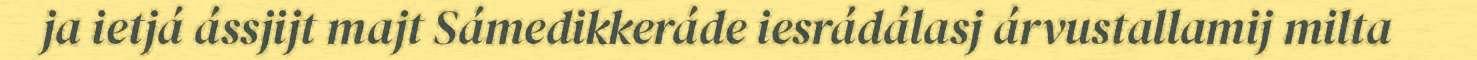
ja ietjá ássjijt majt Sámedikkeráde iesrádálasj árvustallamij milta